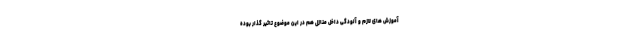
آموزش های لازم و آلودگی داخل منازل هم در این موضوع تاثیر گذار بوده